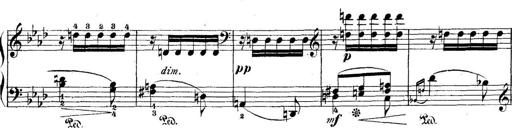
Title: 5 Sonatinas
Composer: Theodor Kirchner